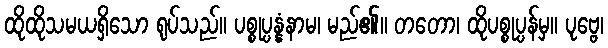
ထိုထိုသမယရှိသော ရုပ်သည်။ ပစ္စုပ္ပန္နံနာမ၊ မည်၏။ တတော၊ ထိုပစ္စုပ္ပန်မှ။ ပုဗ္ဗေ၊